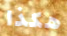
هكذا